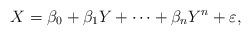
LaTeX: \begin{align*} X = \beta_0+\beta_1Y+\cdots+\beta_nY^n+\varepsilon,\end{align*}